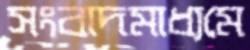
সংবাদমাধ্যমে